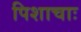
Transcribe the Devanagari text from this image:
पिशाचाः